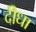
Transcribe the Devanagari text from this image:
दीधा